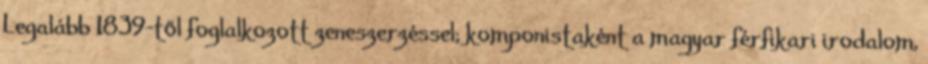
Legalább 1839-től foglalkozott zeneszerzéssel; komponistaként a magyar férfikari irodalom,